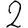
Digit: 2